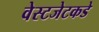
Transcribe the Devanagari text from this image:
वेस्टजेटकडे